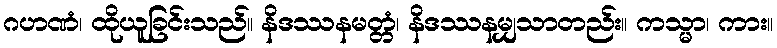
ဂဟဏံ၊ ထိုယူခြင်းသည်။ နိဒဿနမတ္တံ၊ နိဒဿနမျှသာတည်း။ ကသ္မာ၊ ကား။